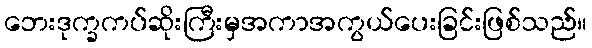
ဘေးဒုက္ခကပ်ဆိုးကြီးမှအကာအကွယ်ပေးခြင်းဖြစ်သည်။